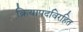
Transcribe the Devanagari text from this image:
क्रियापदविरहित